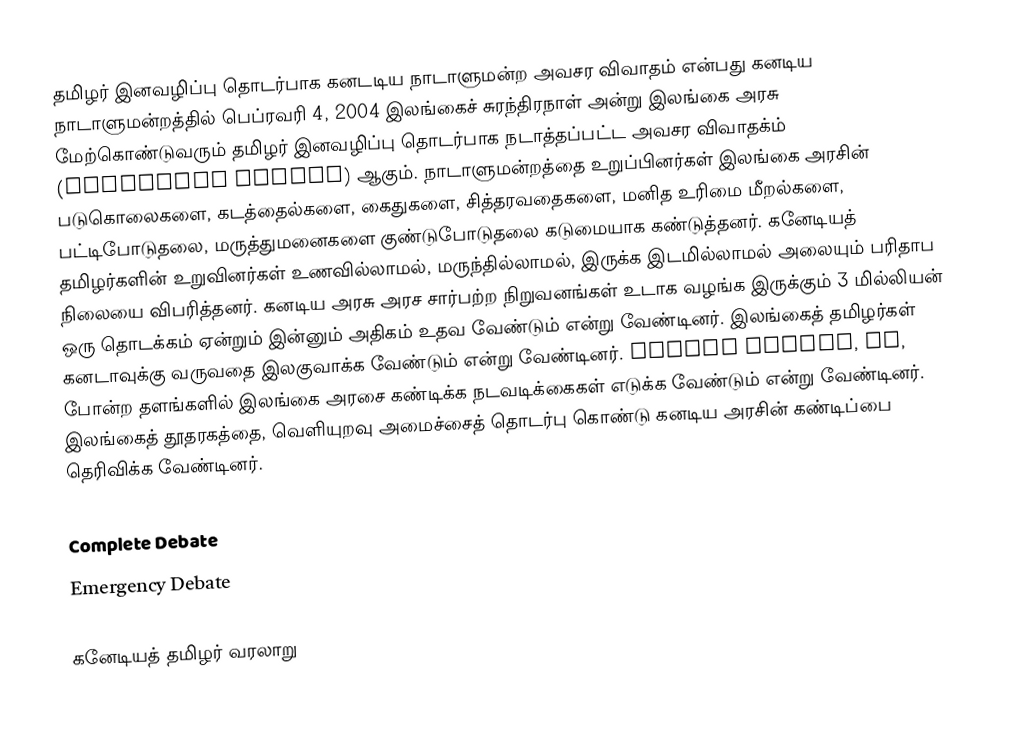
தமிழர் இனவழிப்பு தொடர்பாக கனடடிய நாடாளுமன்ற அவசர விவாதம் என்பது கனடிய நாடாளுமன்றத்தில் பெப்ரவரி 4, 2004 இலங்கைச் சுரந்திரநாள் அன்று இலங்கை அரசு மேற்கொண்டுவரும் தமிழர் இனவழிப்பு தொடர்பாக நடாத்தப்பட்ட அவசர விவாதக்ம் (Emergency Debate) ஆகும்.  நாடாளுமன்றத்தை உறுப்பினர்கள் இலங்கை அரசின் படுகொலைகளை, கடத்தைல்களை, கைதுகளை, சித்தரவதைகளை, மனித உரிமை மீறல்களை, பட்டிபோடுதலை, மருத்துமனைகளை குண்டுபோடுதலை கடுமையாக கண்டுத்தனர்.  கனேடியத் தமிழர்களின் உறுவினர்கள் உணவில்லாமல், மருந்தில்லாமல், இருக்க இடமில்லாமல் அலையும் பரிதாப நிலையை விபரித்தனர்.  கனடிய அரசு அரச சார்பற்ற நிறுவனங்கள் உடாக வழங்க இருக்கும் 3 மில்லியன் ஒரு தொடக்கம் ஏன்றும் இன்னும் அதிகம் உதவ வேண்டும் என்று வேண்டினர்.  இலங்கைத் தமிழர்கள் கனடாவுக்கு வருவதை இலகுவாக்க வேண்டும் என்று வேண்டினர்.  Common Wealth, UN, போன்ற தளங்களில் இலங்கை அரசை கண்டிக்க நடவடிக்கைகள் எடுக்க வேண்டும் என்று வேண்டினர்.  இலங்கைத் தூதரகத்தை, வெளியுறவு அமைச்சைத் தொடர்பு கொண்டு கனடிய அரசின் கண்டிப்பை தெரிவிக்க வேண்டினர்.

Complete Debate
 Emergency Debate

கனேடியத் தமிழர் வரலாறு